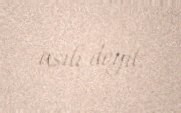
asılı deyil.